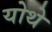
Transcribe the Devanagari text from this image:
योथे